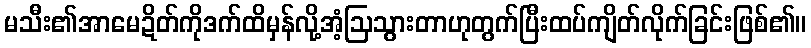
မသီး၏အာမေဍိတ်ကိုဒက်ထိမှန်လို့အံ့ဩသွားတာဟုတွက်ပြီးထပ်ကျိတ်လိုက်ခြင်းဖြစ်၏။